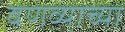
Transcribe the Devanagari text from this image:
वणव्याच्या